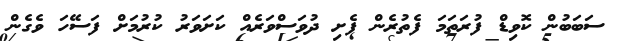
ސަބަބުން ކޮވިޑް ފުރަތަމަ ފެތުރެން ފެށި ދުވަސްވަރެއް ކަށަވަރު ކުރުމަށް ފަސޭހަ ވެގެން